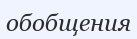
обобщения